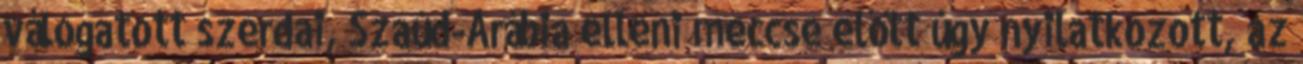
válogatott szerdai, Szaúd-Arábia elleni meccse előtt úgy nyilatkozott, az